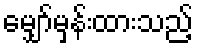
မျှော်မှန်းထားသည့်